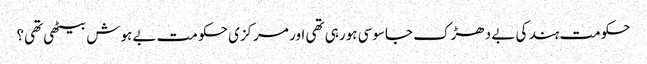
حکومت ہند کی بے دھڑک جاسوسی ہورہی تھی اور مرکزی حکو مت بے ہوش بیٹھی تھی؟